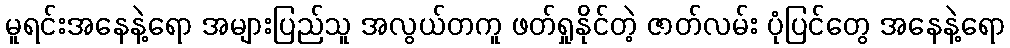
မူရင်းအနေနဲ့ရော အများပြည်သူ အလွယ်တကူ ဖတ်ရှုနိုင်တဲ့ ဇာတ်လမ်း ပုံပြင်တွေ အနေနဲ့ရော